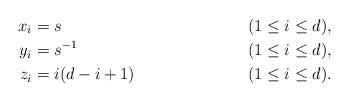
LaTeX: \begin{align*} x_i &= s && (1 \leq i \leq d), \\ y_i &= s^{-1} && (1 \leq i \leq d), \\ z_i &= i (d-i+1) && (1 \leq i \leq d).\end{align*}